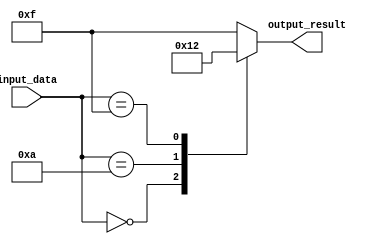
module behavioral_modeling (
    input [7:0] input_data,
    output reg [3:0] output_result
);

always @* begin
    case(input_data)
        8'h00: output_result = 4'b0000;
        8'h0A: output_result = 4'b0001;
        8'h0F: output_result = 4'b0010;
        default: output_result = 4'b1111;
    endcase
end

endmodule